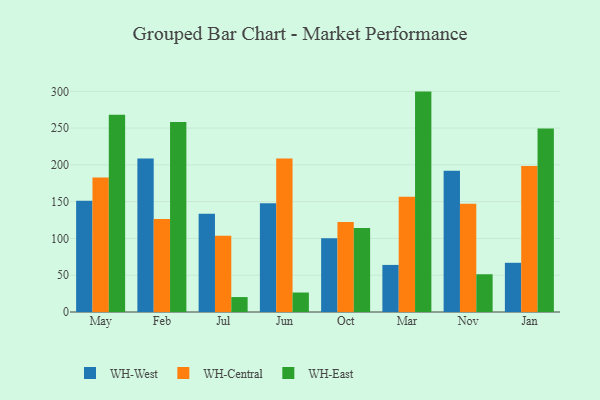
{"axis": {"x": "Month", "y": "Population (Million)"}, "legend": ["WH-Central", "WH-East", "WH-West"], "data": [{"x": "May", "y": 151.1, "type": "WH-West"}, {"x": "May", "y": 182.7, "type": "WH-Central"}, {"x": "May", "y": 268.2, "type": "WH-East"}, {"x": "Feb", "y": 208.5, "type": "WH-West"}, {"x": "Feb", "y": 126.4, "type": "WH-Central"}, {"x": "Feb", "y": 258.2, "type": "WH-East"}, {"x": "Jul", "y": 133.5, "type": "WH-West"}, {"x": "Jul", "y": 103.7, "type": "WH-Central"}, {"x": "Jul", "y": 20.3, "type": "WH-East"}, {"x": "Jun", "y": 147.8, "type": "WH-West"}, {"x": "Jun", "y": 208.5, "type": "WH-Central"}, {"x": "Jun", "y": 26.5, "type": "WH-East"}, {"x": "Oct", "y": 100.2, "type": "WH-West"}, {"x": "Oct", "y": 122.4, "type": "WH-Central"}, {"x": "Oct", "y": 114.2, "type": "WH-East"}, {"x": "Mar", "y": 64.0, "type": "WH-West"}, {"x": "Mar", "y": 156.5, "type": "WH-Central"}, {"x": "Mar", "y": 299.6, "type": "WH-East"}, {"x": "Nov", "y": 192.0, "type": "WH-West"}, {"x": "Nov", "y": 147.0, "type": "WH-Central"}, {"x": "Nov", "y": 51.3, "type": "WH-East"}, {"x": "Jan", "y": 66.9, "type": "WH-West"}, {"x": "Jan", "y": 198.6, "type": "WH-Central"}, {"x": "Jan", "y": 249.6, "type": "WH-East"}]}